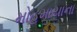
મોહમાયાના